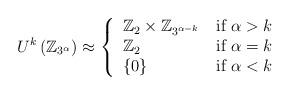
LaTeX: \begin{align*}U^{k}\left( \mathbb{Z}_{3^{\alpha}}\right) \approx\left\{\begin{tabular}[c]{ll}$\mathbb{Z}_{2}\times\mathbb{Z}_{3^{\alpha-k}}$ & if $\alpha>k$\\$\mathbb{Z}_{2}$ & if $\alpha=k$\\$\left\{ 0\right\} $ & if $\alpha<k$\end{tabular}\right.\end{align*}